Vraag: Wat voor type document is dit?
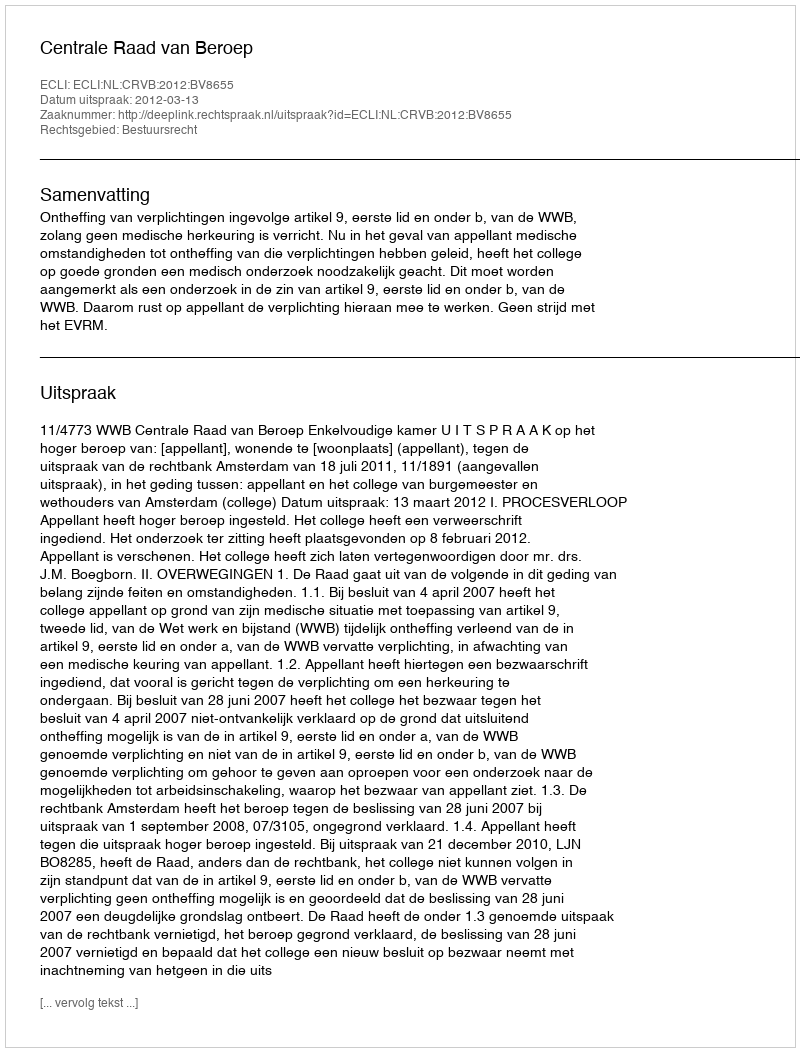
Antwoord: Uitspraak